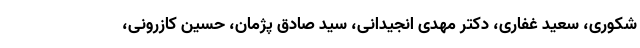
شکوری، سعید غفاری، دکتر مهدی انجیدانی، سید صادق پژمان، حسین کازرونی،